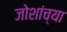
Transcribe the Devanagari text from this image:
जोशांच्या